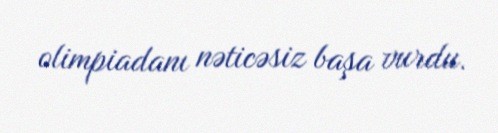
olimpiadanı nəticəsiz başa vurdu.